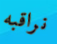
نراقبه